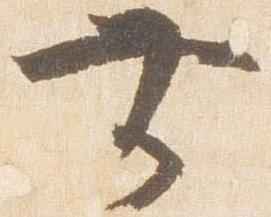
無